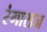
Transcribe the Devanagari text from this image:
रंगाराज